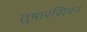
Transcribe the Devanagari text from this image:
तुषारसिंचन